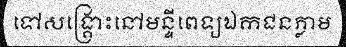
ទៅសង្គ្រោះនៅមន្ទីពេទ្យឯកជនភ្លាម